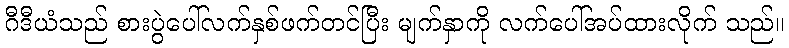
ဂီဒီယံသည် စားပွဲပေါ်လက်နှစ်ဖက်တင်ပြီး မျက်နှာကို လက်ပေါ်အပ်ထားလိုက် သည်။